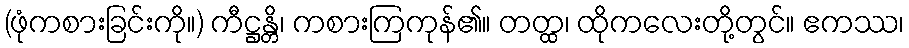
(ဖုံကစားခြင်းကို။) ကီဋ္ဌန္တိ၊ ကစားကြကုန်၏။ တတ္ထ၊ ထိုကလေးတို့တွင်။ ဧကဿ၊